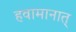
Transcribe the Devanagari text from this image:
हवामानात्